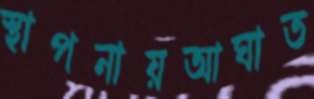
স্থাপনায়আঘাত